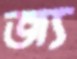
জ্য